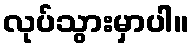
လုပ်သွားမှာပါ။